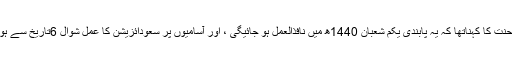
وزیر محنت کا کہناتھا کہ یہ پابندی یکم شعبان 1440ھ میں نافذالعمل ہو جائیگی ، اور آسامیوں پر سعودائزیشن کا عمل شوال 6تاریخ سے ہو جائیگا۔